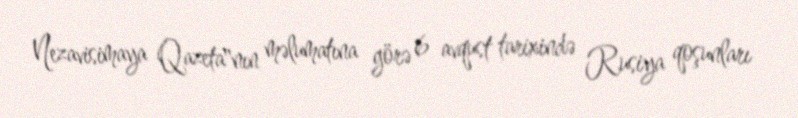
Nezavisimaya Qazeta"nın məlumatına görə 6 avqust tarixində Rusiya qoşunları